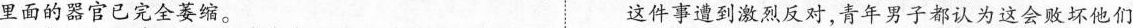
里面的器官已完全萎缩。 这件事遭到激烈反 ，青年男子都认为这会败坏他们